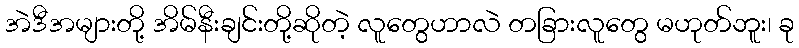
အဲဒီအများတို့ အိမ်နီးချင်းတို့ဆိုတဲ့ လူတွေဟာလဲ တခြားလူတွေ မဟုတ်ဘူး၊ ခု